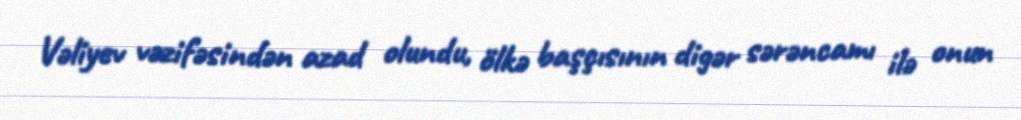
Vəliyev vəzifəsindən azad olundu, ölkə başçısının digər sərəncamı ilə onun